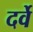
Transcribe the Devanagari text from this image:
दर्वे